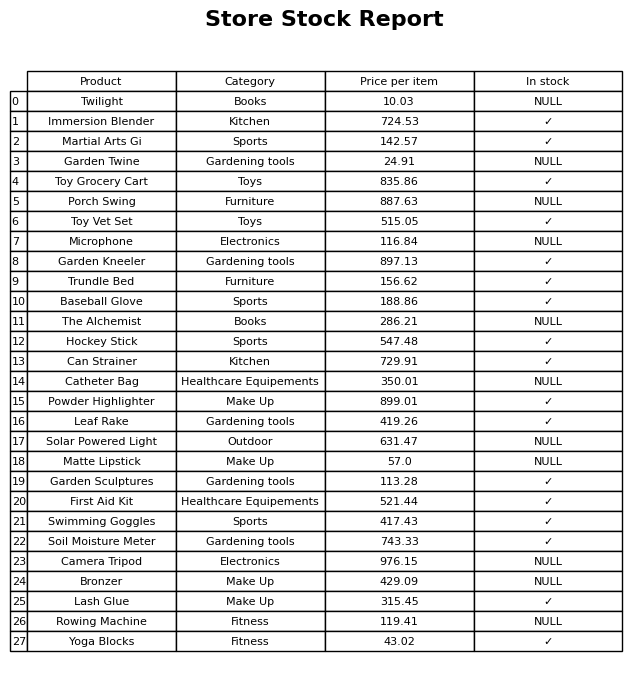
question: Is the Hockey Stick in stock?
answer: ✓